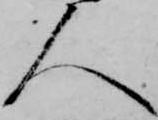
人